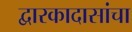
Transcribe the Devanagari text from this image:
द्वारकादासांचा